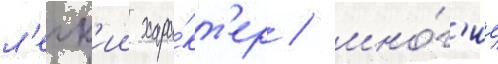
л'егк'ии хара́кт'ер / мно́г'ие